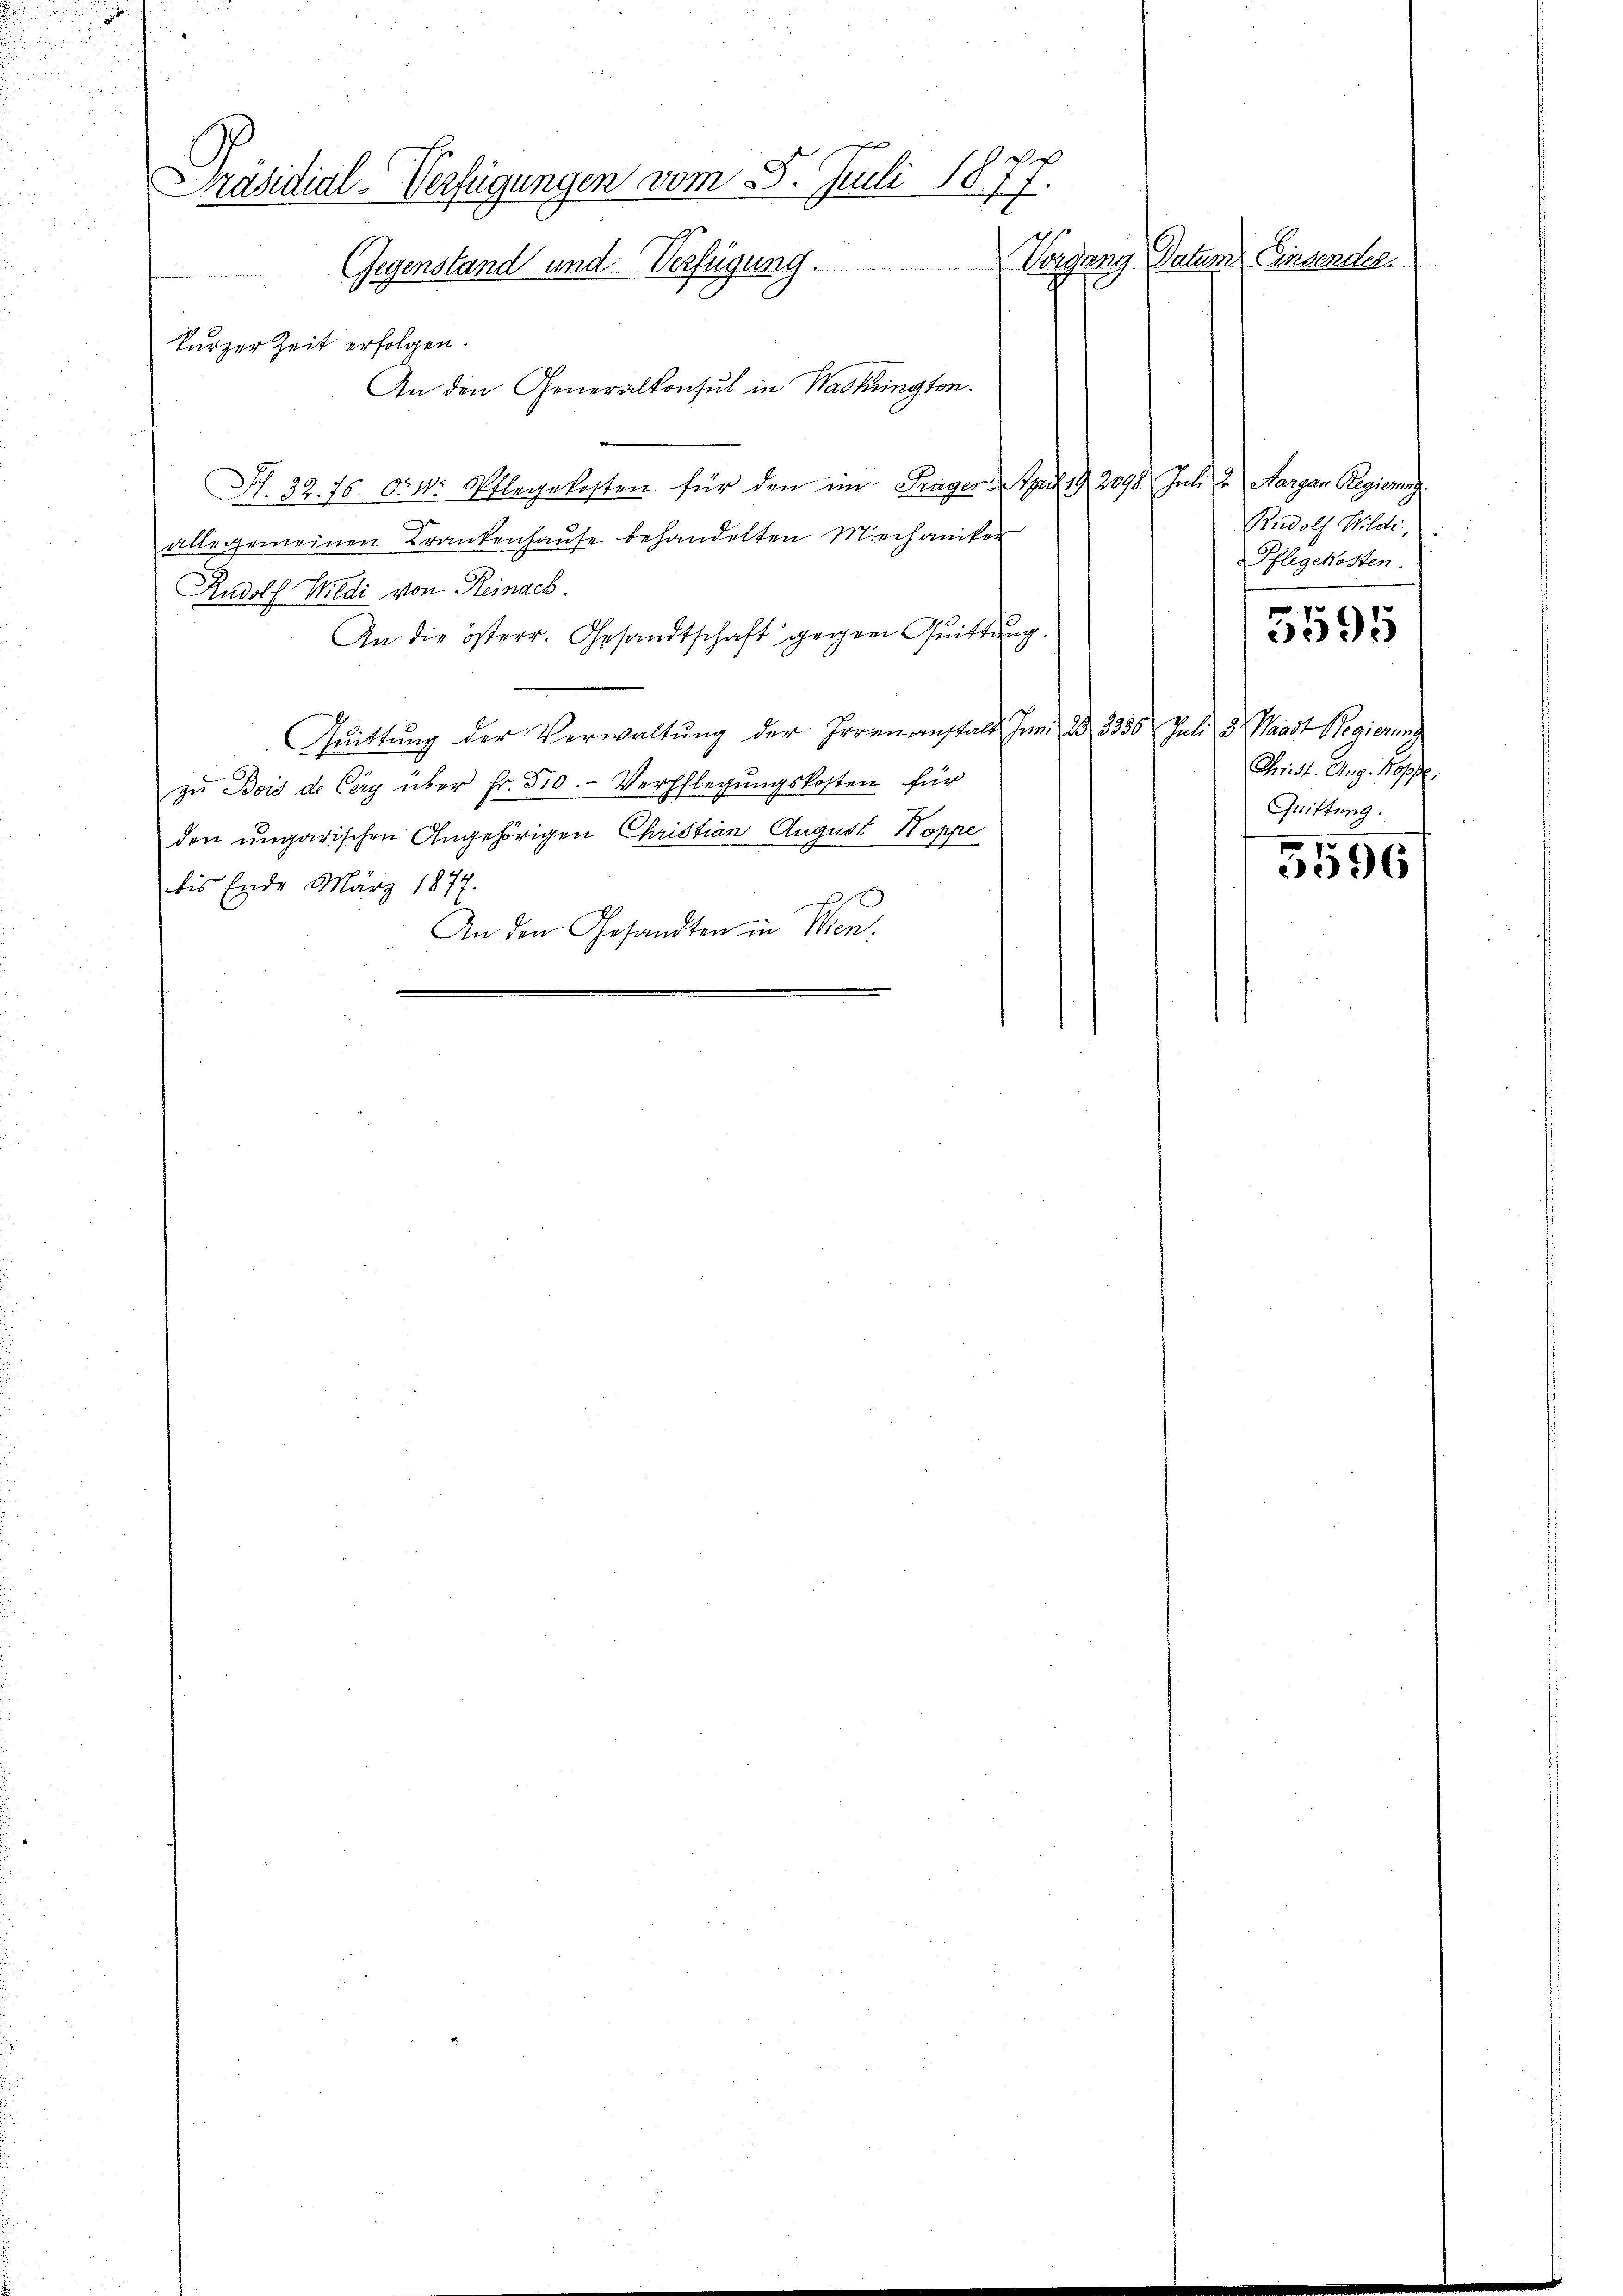
Präsidial-Verfügungen vom 5. Juli 1877.
Vorgang Datum Einsender.
Gegenstand und Verfügung.
kurzer Zeit erfolgen.

An den Generalkonsul in Waskrington.
N. 32. 75. 634. Pflegekosten für den im Frager, per 2078 Juli u. Aargau Regier
alle gemeinen Krankenhause behandelten Mechaniker
Rudolf Wildi von Reinach.
An die österr. Gesandtschaft gegen Quittŭng.
Quittung der Verwaltŭng der Irrenanstalt Jun. ad 336. Juli d. Waadt Regieru
zŭ Bois de Cery über Fr. 310. Verpflegungskosten für
den ungarischen Angehörigen Christian August Koppe
bis Ende März 1877.
An den Gesandten in Wien.

Rudolf Wildi,
Pflegekosten.
Christ. Aug. Kopf.
Quittung.

5595

5596